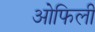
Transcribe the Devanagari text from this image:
ओफिली